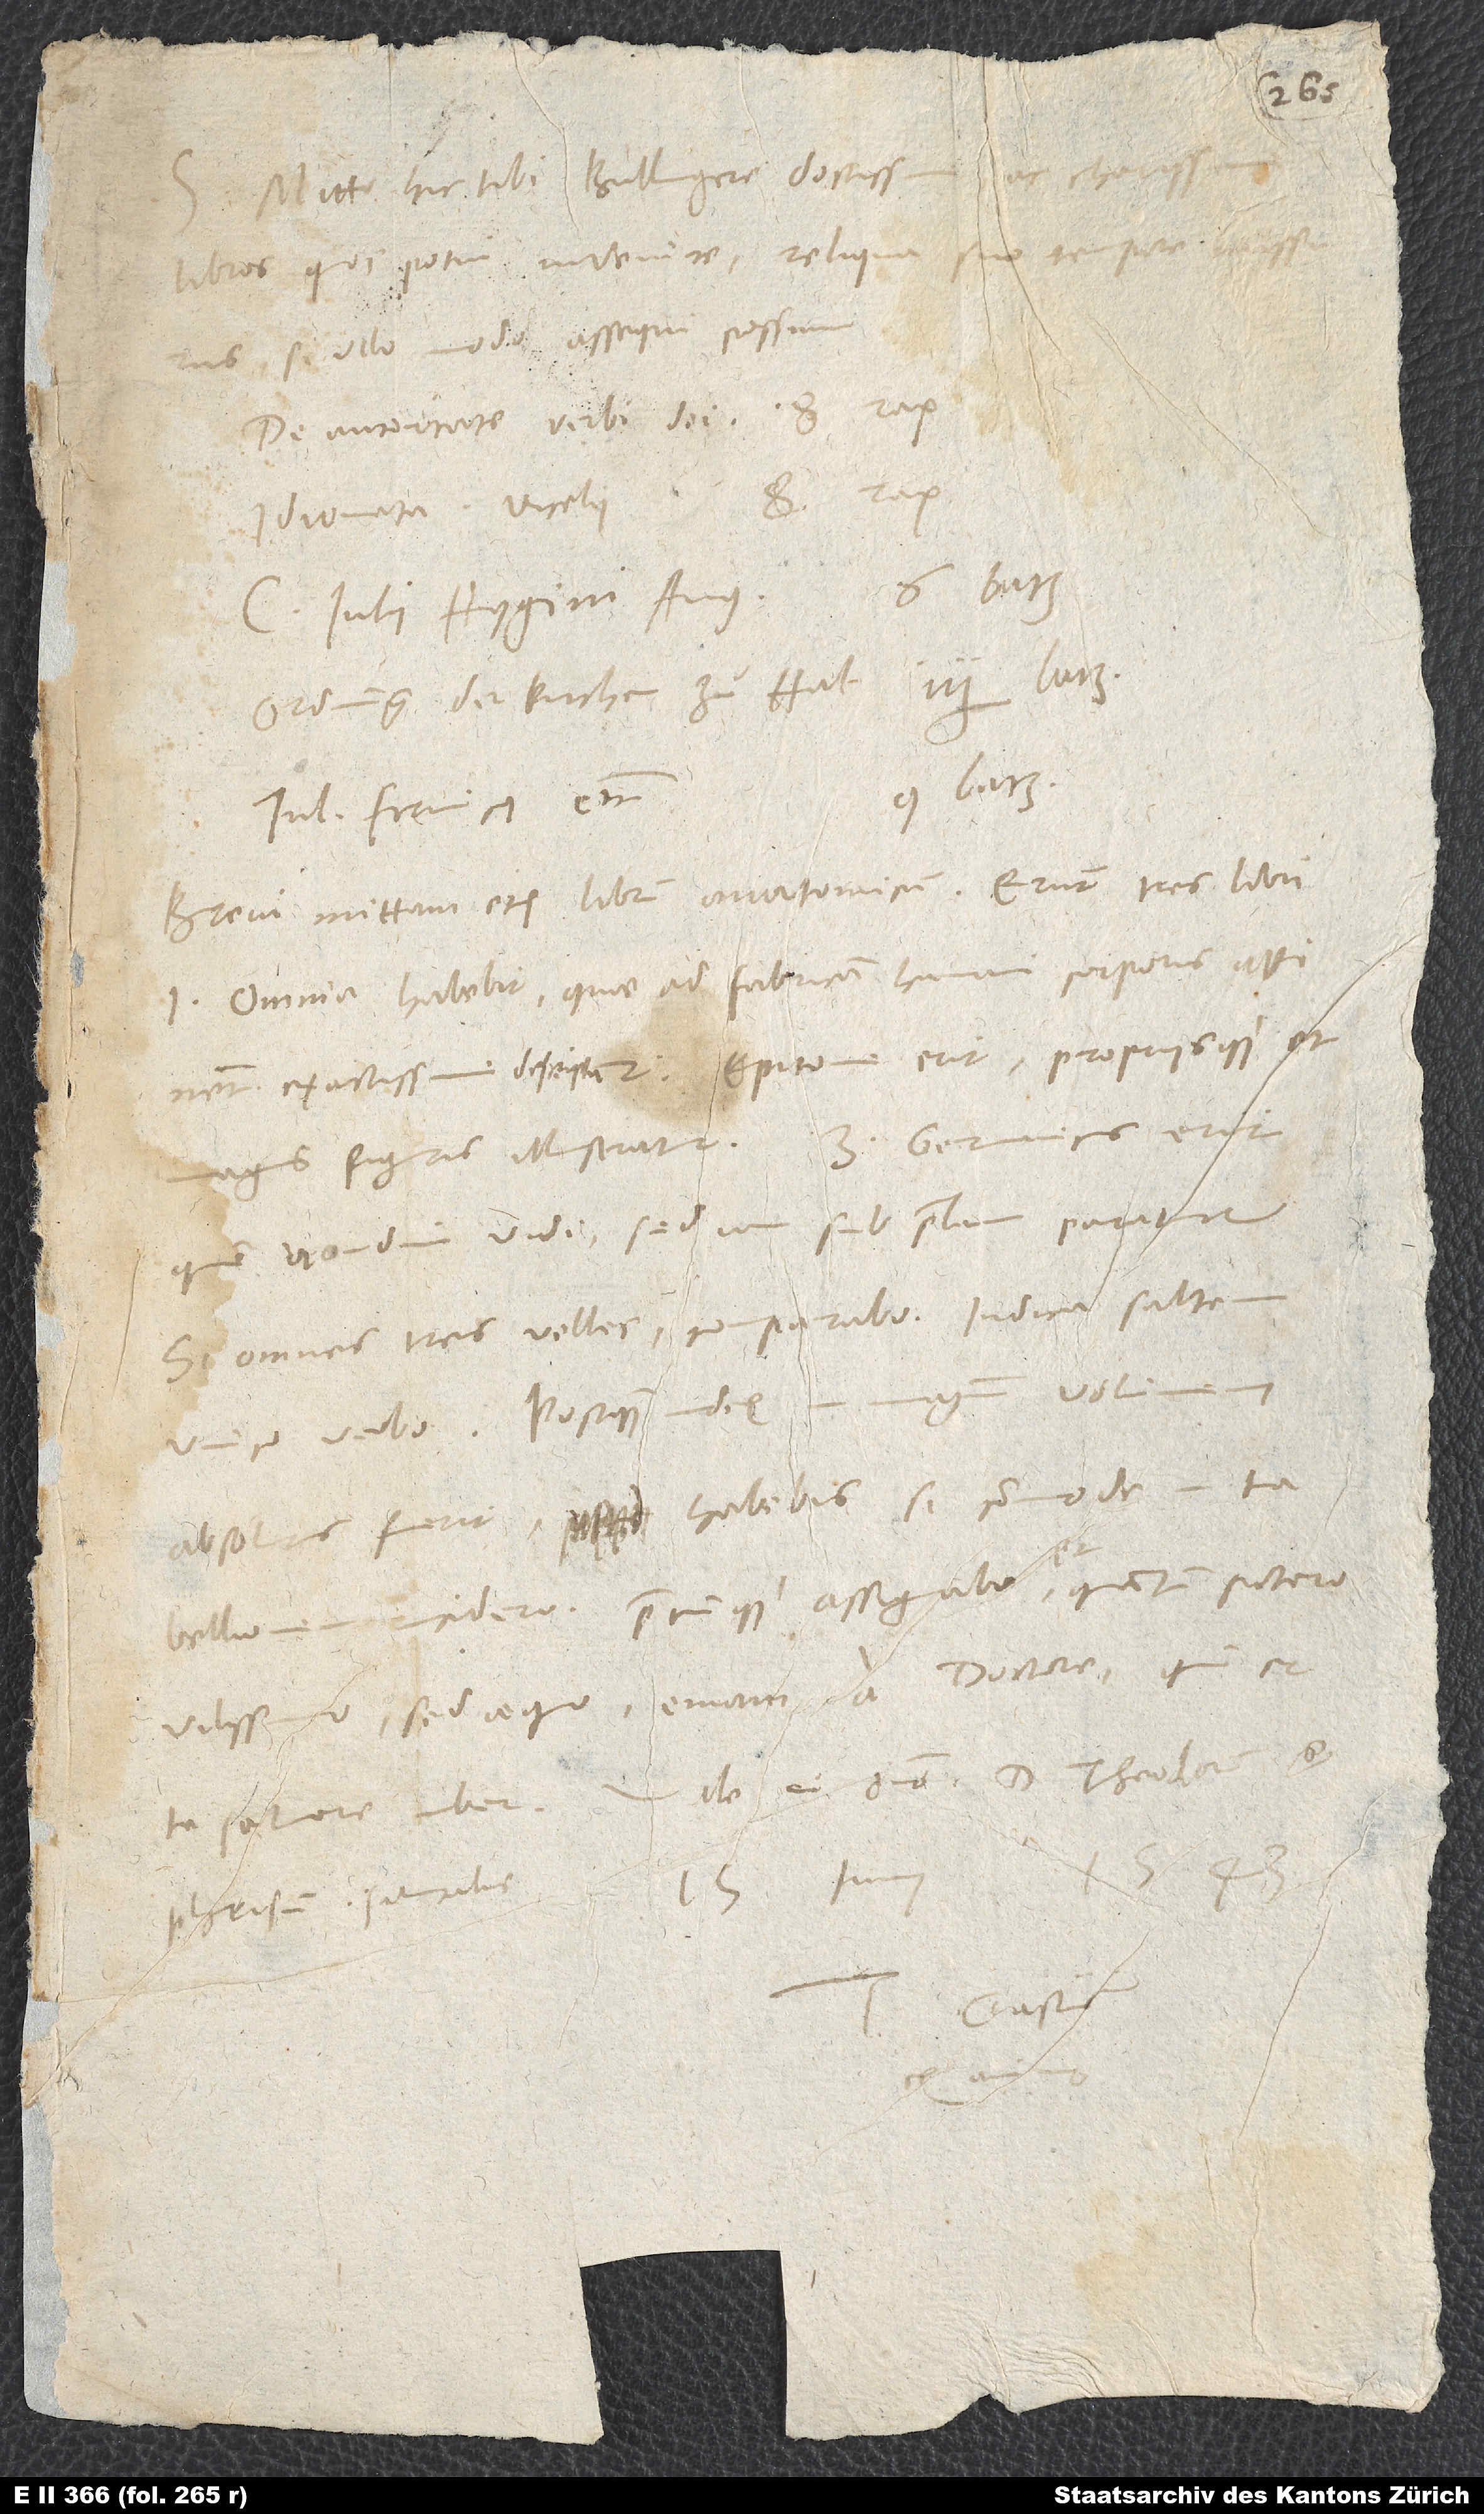
Mitto hic tibi, Bullingere doctissime
libros, quos potui invenire, reliqua suo tempore
si ullo modo assequi possum:
De autoritate verbi dei 8 rap.
Idiomata Vicelii 8 rap.
C. Iulii Hygini Aug 6 batz.
Ordnung der kirchen zuͦ Hal 2½ batz.
9 batz.
Iul. Firmici etc.
Brevi mittam etiam librum anatomicum. Erunt tres libri:
1. omnia habebit, quae ad fabricam humani corporis attinent,
exactissime descripta; 2. epitome erit propriisque et
magnis figuris illustratur; 3. Germanicus erit,
quem nondum vidi, sed iam sub prelum paratur.
Si omnes tres velles, comparabo. Indica saltem
unico verbo. Postquam index in magnum volumen
absolutus fuerit, habebis, si commode in
tabellionem incidero, pretiumque assignabo et, quantum potero
vilissimo, sed aequo, emam a doctore, qui et
Phrisium salutabis. 15. iunii 1543.